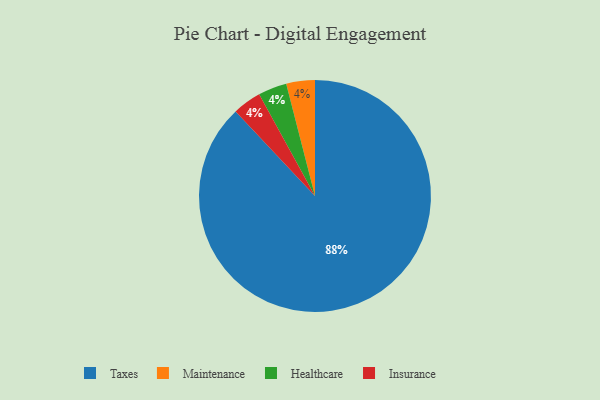
{"axis": {"x": "Category", "y": "Percentage"}, "legend": ["Healthcare", "Insurance", "Maintenance", "Taxes"], "data": [{"x": "Taxes", "y": 88, "type": "Taxes"}, {"x": "Maintenance", "y": 4, "type": "Maintenance"}, {"x": "Healthcare", "y": 4, "type": "Healthcare"}, {"x": "Insurance", "y": 4, "type": "Insurance"}]}